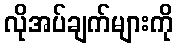
လိုအပ်ချက်များကို